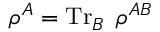
\rho ^ { A } = \operatorname { T r } _ { B } \; \rho ^ { A B }